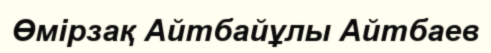
Өмірзақ Айтбайұлы Айтбаев